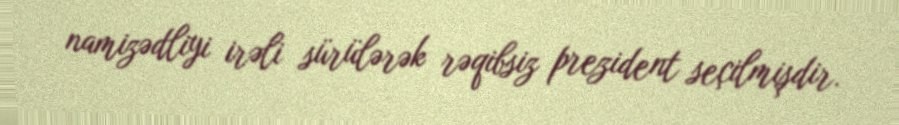
namizədliyi irəli sürülərək rəqibsiz prezident seçilmişdir.